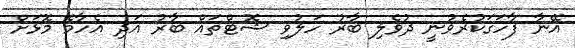
އޭނާ ފާހަގަކުރެވުނީ ދުވެލި ބާރު ހަލުވި ޝޮޓްތައް ބާރު އަދި އެހާމެ މޮޅަށް